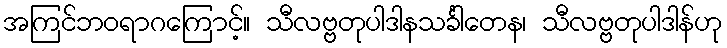
အကြင်ဘဝရာဂကြောင့်။ သီလဗ္ဗတုပါဒါနသင်္ခါတေန၊ သီလဗ္ဗတုပါဒါန်ဟု